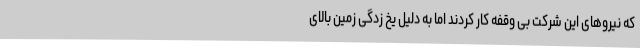
که نیروهای این شرکت بی وقفه کار کردند اما به دلیل یخ زدگی زمین بالای